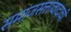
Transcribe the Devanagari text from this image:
समाजसत्तावादाची